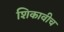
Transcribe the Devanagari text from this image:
शिकावीच